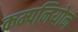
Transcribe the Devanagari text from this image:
कम्पनियोन